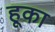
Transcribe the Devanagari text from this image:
हूका